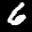
Label: 6